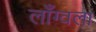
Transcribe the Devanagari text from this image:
लाँग्वला